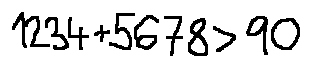
1 2 3 4 + 5 6 7 8 > 9 0